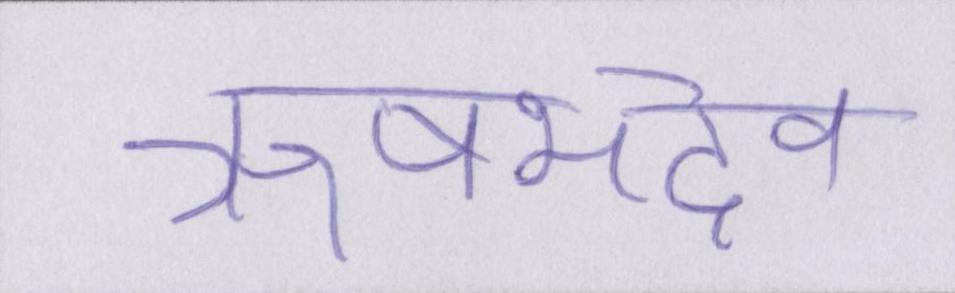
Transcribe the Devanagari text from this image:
ऋषभदेव